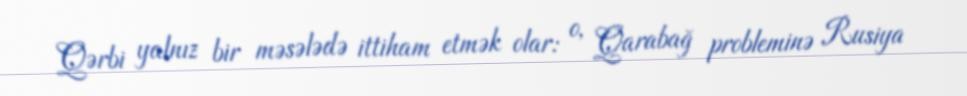
Qərbi yalnız bir məsələdə ittiham etmək olar: o, Qarabağ probleminə Rusiya